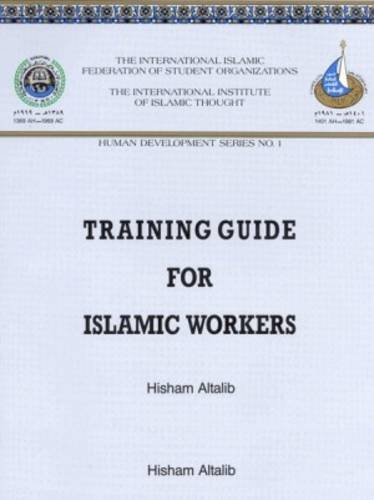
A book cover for Training Guide for Islamic Workers (Human Development, 1); Hisham Altalib; Education & Teaching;